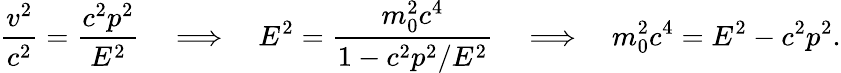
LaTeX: {\frac{v^{2}}{c^{2}}}={\frac{c^{2}p^{2}}{E^{2}}}\quad\Longrightarrow\quad E^{2}={\frac{m_{0}^{2}c^{4}}{1-c^{2}p^{2}/E^{2}}}\quad\Longrightarrow\quad m_{0}^{2}c^{4}=E^{2}-c^{2}p^{2}.